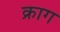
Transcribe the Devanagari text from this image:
क्राग